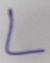
Text: L